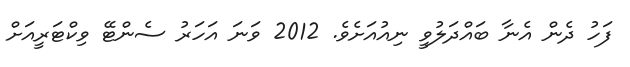
ފަހު ދެން އެނާ ބައްދަލުވީ ނިއުއަށެވެ. 2012 ވަނަ އަހަރު ސެންޓޭ ވިކްޓަރީއަށް